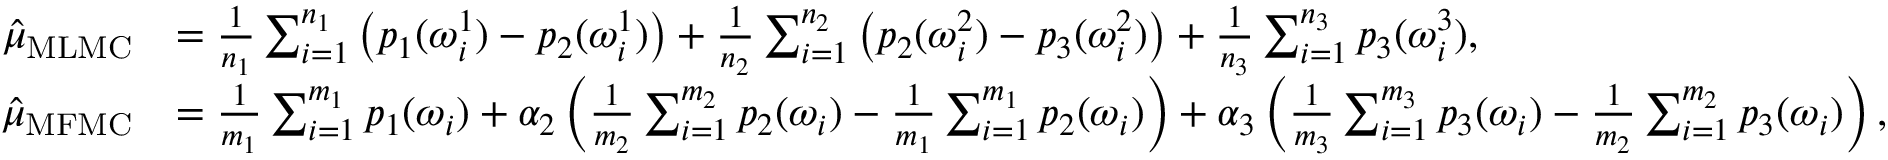
\begin{array} { r l } { \hat { \mu } _ { \mathrm { M L M C } } } & { = \frac { 1 } { n _ { 1 } } \sum _ { i = 1 } ^ { n _ { 1 } } \left( p _ { 1 } ( \omega _ { i } ^ { 1 } ) - p _ { 2 } ( \omega _ { i } ^ { 1 } ) \right) + \frac { 1 } { n _ { 2 } } \sum _ { i = 1 } ^ { n _ { 2 } } \left( p _ { 2 } ( \omega _ { i } ^ { 2 } ) - p _ { 3 } ( \omega _ { i } ^ { 2 } ) \right) + \frac { 1 } { n _ { 3 } } \sum _ { i = 1 } ^ { n _ { 3 } } p _ { 3 } ( \omega _ { i } ^ { 3 } ) , } \\ { \hat { \mu } _ { \mathrm { M F M C } } } & { = \frac { 1 } { m _ { 1 } } \sum _ { i = 1 } ^ { m _ { 1 } } p _ { 1 } ( \omega _ { i } ) + \alpha _ { 2 } \left( \frac { 1 } { m _ { 2 } } \sum _ { i = 1 } ^ { m _ { 2 } } p _ { 2 } ( \omega _ { i } ) - \frac { 1 } { m _ { 1 } } \sum _ { i = 1 } ^ { m _ { 1 } } p _ { 2 } ( \omega _ { i } ) \right) + \alpha _ { 3 } \left( \frac { 1 } { m _ { 3 } } \sum _ { i = 1 } ^ { m _ { 3 } } p _ { 3 } ( \omega _ { i } ) - \frac { 1 } { m _ { 2 } } \sum _ { i = 1 } ^ { m _ { 2 } } p _ { 3 } ( \omega _ { i } ) \right) , } \end{array}